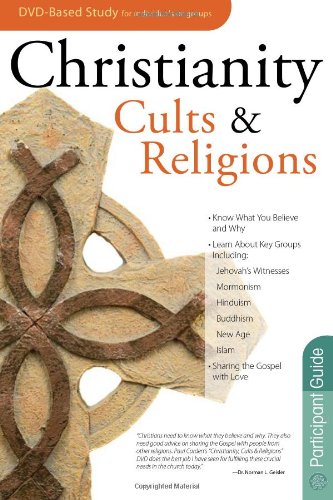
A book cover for Christianity, Cults & Religions Participant's Guide; Paul Carden; Religion & Spirituality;